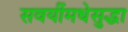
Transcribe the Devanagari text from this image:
सवयींमधेसुद्धा